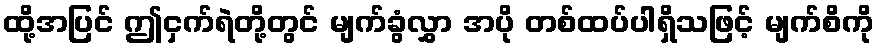
ထို့အပြင် ဤငှက်ရဲတို့တွင် မျက်ခွံလွှာ အပို တစ်ထပ်ပါရှိသဖြင့် မျက်စိကို